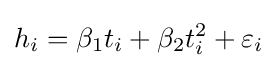
h_{i}=\beta _{1}t_{i}+\beta _{2}t_{i}^{2}+\varepsilon _{i}